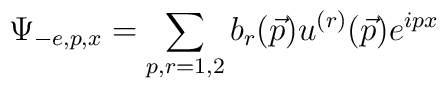
\Psi_{-e,p,x}=\sum_{p,r=1,2}b_r(\vec{p})u^{(r)}(\vec{p})e^{i p x}